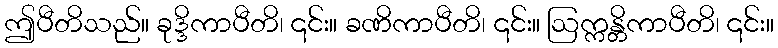
ဤပီတိသည်။ ခုဒ္ဒိကာပီတိ၊ ၎င်း။ ခဏိကာပီတိ၊ ၎င်း။ ဩက္ကန္တိကာပီတိ၊ ၎င်း။